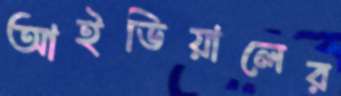
আইডিয়ালের